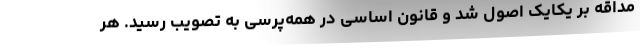
مداقه بر یکایک اصول شد و قانون اساسی در همه‌پرسی به تصویب رسید. هر